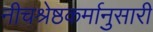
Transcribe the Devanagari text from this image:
नीचश्रेष्ठकर्मानुसारी